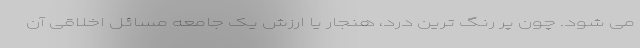
می شود. چون پر رنگ ترین درد، هنجار یا ارزش یک جامعه مسائل اخلاقی آن